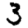
Digit: 3